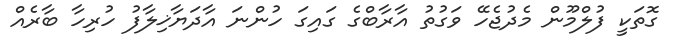
ގޮތަކީ ފުލްމޫން މެދުޖެހޭ ވަގުތު އާރާބްގެ ގައިގަ ހުންނަ އާދަޔާޚިލާފު ހުރިހާ ބާރެއް